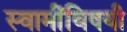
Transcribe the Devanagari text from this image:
स्वामींविषयी